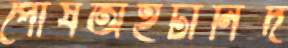
পোষঅইটানির্দ